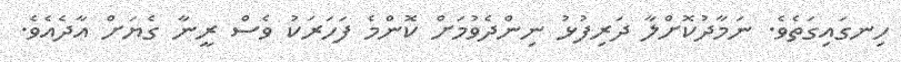
ހިނގައިގަތެވެ. ނަމާދުކޮށްލާ ދަރިފުޅު ނިންދެވުމަށް ކޮންމެ ފަހަރަކު ވެސް ރީނާ ގެޔަށް އާދެއެވެ.